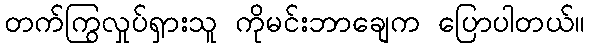
တက်ကြွလှုပ်ရှားသူ ကိုမင်းဘာချေက ပြောပါတယ်။